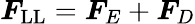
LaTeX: \boldsymbol{F}_{\mathrm{LL}}=\boldsymbol{F}_{E}+\boldsymbol{F}_{D}